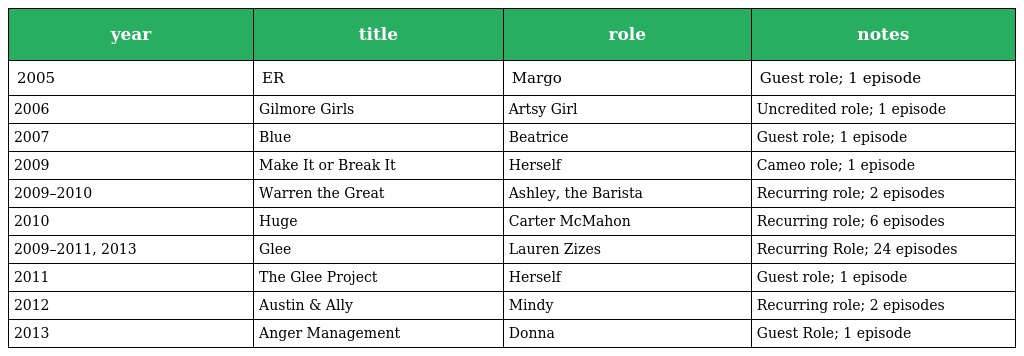
| year | title | role | notes |
 | --- | --- | --- | --- |
 | 2005 | ER | Margo | Guest role; 1 episode |
 | 2006 | Gilmore Girls | Artsy Girl | Uncredited role; 1 episode |
 | 2007 | Blue | Beatrice | Guest role; 1 episode |
 | 2009 | Make It or Break It | Herself | Cameo role; 1 episode |
 | 2009–2010 | Warren the Great | Ashley, the Barista | Recurring role; 2 episodes |
 | 2010 | Huge | Carter McMahon | Recurring role; 6 episodes |
 | 2009–2011, 2013 | Glee | Lauren Zizes | Recurring Role; 24 episodes |
 | 2011 | The Glee Project | Herself | Guest role; 1 episode |
 | 2012 | Austin & Ally | Mindy | Recurring role; 2 episodes |
 | 2013 | Anger Management | Donna | Guest Role; 1 episode |